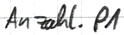
Text: Anzahl.P1